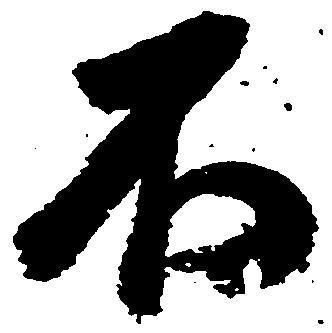
不